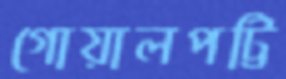
গোয়ালপট্টি